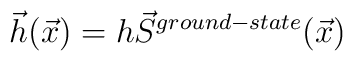
\vec{h}(\vec{x}) = h \vec{S}^{ground-state}(\vec{x})